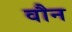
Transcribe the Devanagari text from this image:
वौन